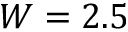
W = 2 . 5